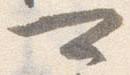
可